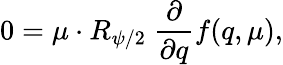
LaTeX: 0=\mu\cdot R_{\psi/2}\ {\frac{\partial}{\partial q}}f(q,\mu),